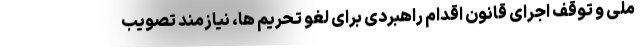
ملی و توقف اجرای قانون اقدام راهبردی برای لغو تحریم ها، نیازمند تصویب